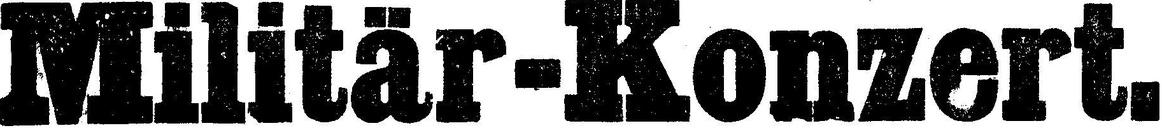
Militär-Konzert.